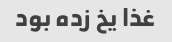
غذا یخ زده بود